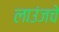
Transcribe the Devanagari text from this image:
लाउंजचे